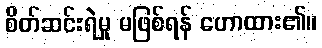
စိတ်ဆင်းရဲမှု မဖြစ်ရန် ဟောထား၏။